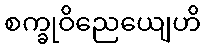
စက္ခုဝိညေယျေဟိ